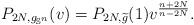
LaTeX: \begin{align*}P_{2N, g_{\mathbb S^n}} (v) = P_{2N, \widetilde g} (1) v^\frac{n+2N}{n-2N}. \end{align*}